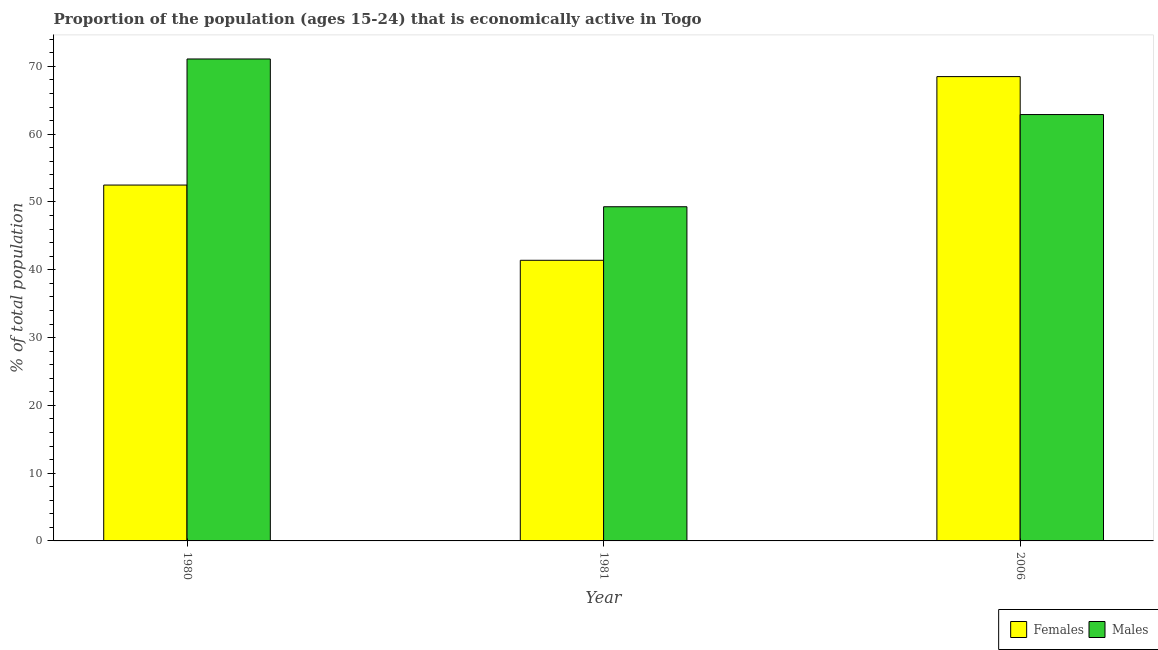
| Year | Females | Males |
 | --- | --- | --- |
 | 1980 | 52.5 | 71.1 |
 | 1981 | 41.4 | 49.3 |
 | 2006 | 68.5 | 62.9 |